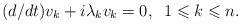
LaTeX: \begin{align*}(d/dt)v_k+i\lambda_k v_k=0, \;\; 1\leqslant k\leqslant n.\end{align*}